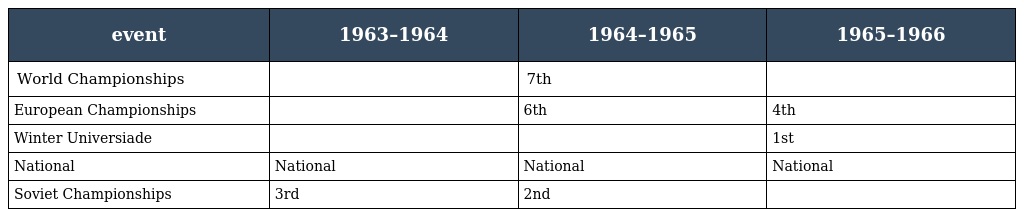
| event | 1963–1964 | 1964–1965 | 1965–1966 |
 | --- | --- | --- | --- |
 | World Championships |  | 7th |  |
 | European Championships |  | 6th | 4th |
 | Winter Universiade |  |  | 1st |
 | National | National | National | National |
 | Soviet Championships | 3rd | 2nd |  |